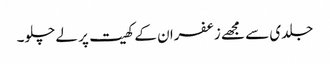
جلدی سے مجھے زعفران کے کھیت پر لے چلو۔